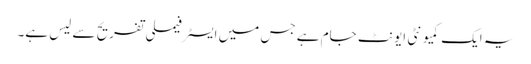
یہ ایک کمیونٹی ایونٹ جام ہے جس میں ایسٹر فیملی تفریح ​​سے لیس ہے۔